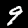
Digit: 9